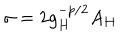
LaTeX: \sigma = 2 g _ { H } ^ { - p / 2 } A _ { H }